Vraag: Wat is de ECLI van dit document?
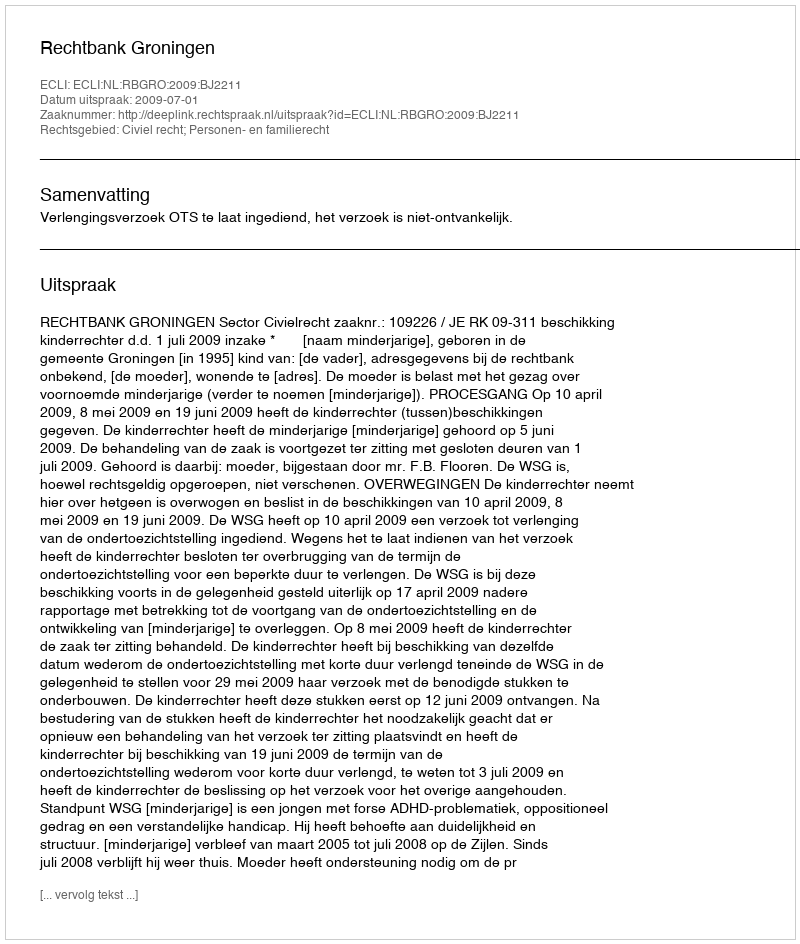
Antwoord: ECLI:NL:RBGRO:2009:BJ2211